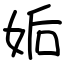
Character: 姤